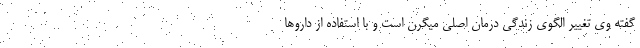
گفته وی تغییر الگوی زندگی درمان اصلی میگرن است و با استفاده از داروها